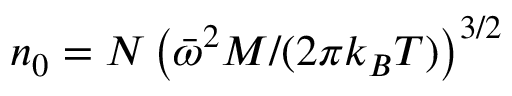
n _ { 0 } = N \left( \bar { \omega } ^ { 2 } M / ( 2 \pi k _ { B } T ) \right) ^ { 3 / 2 }